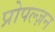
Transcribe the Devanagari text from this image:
प्रोपल्ज़न